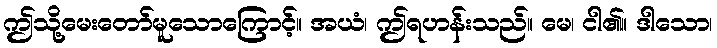
ဤသို့မေးတော်မူသောကြောင့်။ အယံ၊ ဤရဟန်းသည်။ မေ၊ ငါ၏။ ဒါသော၊